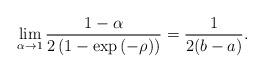
LaTeX: \begin{align*}\lim_{\alpha \rightarrow 1}\frac{1-\alpha}{2\left(1-\exp\left(-\rho \right)\right)}=\frac{1}{2(b-a)}.\end{align*}